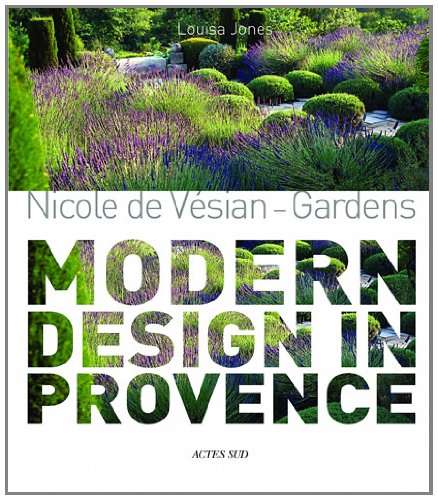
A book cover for Nicole de VÃ©sian: Gardens, Modern Design in Provence; Louisa Jones; Arts & Photography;